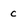
Character: c